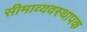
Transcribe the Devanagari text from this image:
सीमाव्यवस्थापक